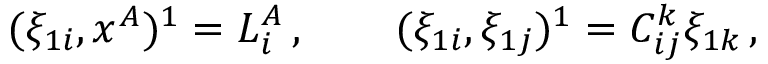
( \xi _ { 1 i } , x ^ { A } ) ^ { 1 } = L _ { i } ^ { A } \, , \qquad ( \xi _ { 1 i } , \xi _ { 1 j } ) ^ { 1 } = C _ { i j } ^ { k } \xi _ { 1 k } \, ,